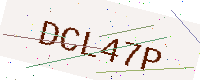
Text: DCL47P